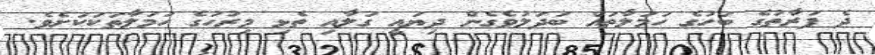
ދެ ފަރާތުގެ ބަހުގެ ހަމަލާތައް ބަދަލުވެގެން ދިޔައީ ގަލާއި ތެޅި މިރުހުގެ ހަމަލާތަކަކަށެވެ.